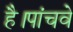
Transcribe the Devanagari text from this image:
है।पांचवे